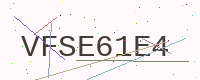
Text: VFSE61E4